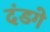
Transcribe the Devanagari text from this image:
दंडगे